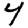
Digit: 4